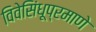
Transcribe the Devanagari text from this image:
विवेसिंधूप्रमाणे